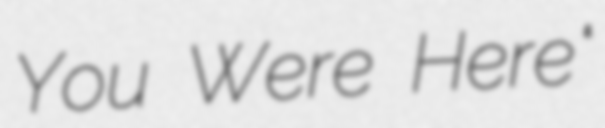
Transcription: You Were Here"